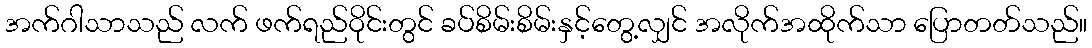
အက်ဂါသာသည် လက် ဖက်ရည်ဝိုင်းတွင် ခပ်စိမ်းစိမ်းနှင့်တွေ့လျှင် အလိုက်အထိုက်သာ ပြောတတ်သည်။